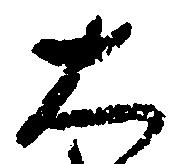
大